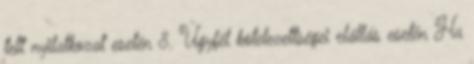
tett nyilatkozat esetén 8. Ügyfél kötelezettségei elállás esetén Ha